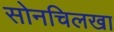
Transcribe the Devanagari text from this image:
सोनचिलखा